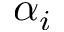
\alpha _ { i }